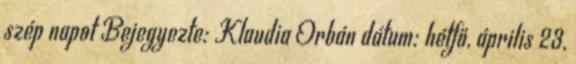
szép napot Bejegyezte: Klaudia Orbán dátum: hétfő, április 23,